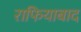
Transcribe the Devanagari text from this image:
राफियाबाद